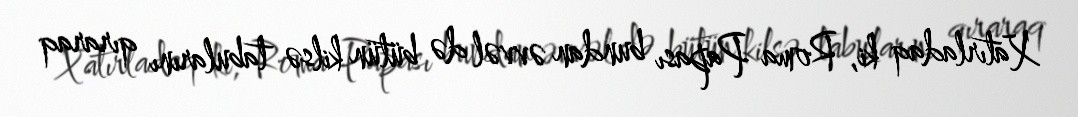
Xatırladaq ki, Roma Papası bundan əvvəl də bütün kilsə tabularını qıraraq